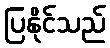
ပြနိုင်သည်